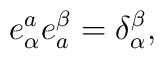
e_\alpha^a e_a^\beta = \delta_\alpha^\beta,